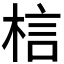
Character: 𭪐